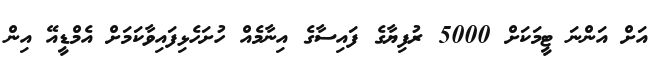
އަށް އަންނަ ޓީމަކަށް 5000 ރުފިޔާގެ ފައިސާގެ އިނާމެއް ހުށަހެޅިފައިވާކަމަށް އެމްޑީއޭ އިން